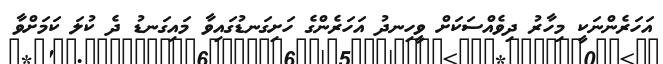
އަހަރެންނަކީ މިހާރު ދިވެއްސަކަށް ވީހިނދު އަހަރެންގެ ހަށިގަނޑުގައިވާ މައިގަނޑު ދެ ކުލަ ކަމަށްވާ